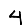
Digit: 4